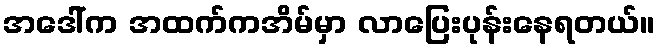
အဒေါ်က အထက်ကအိမ်မှာ လာပြေးပုန်းနေရတယ်။